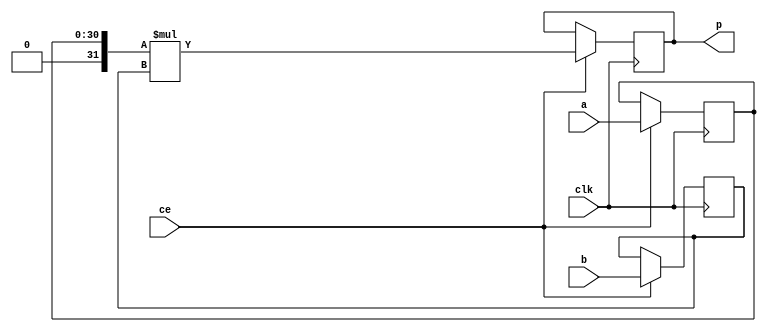
module sparse_mm_mul_31ns_32s_32_3_Mul3S_1(clk, ce, a, b, p);
input clk;
input ce;
input[31 - 1 : 0] a; // synthesis attribute keep a "true"
input[32 - 1 : 0] b; // synthesis attribute keep b "true"
output[32 - 1 : 0] p;

reg [31 - 1 : 0] a_reg0;
reg signed [32 - 1 : 0] b_reg0;
wire signed [32 - 1 : 0] tmp_product;
reg signed [32 - 1 : 0] buff0;

assign p = buff0;
assign tmp_product = $signed({1'b0, a_reg0}) * b_reg0;
always @ (posedge clk) begin
    if (ce) begin
        a_reg0 <= a;
        b_reg0 <= b;
        buff0 <= tmp_product;
    end
end
endmodule